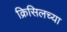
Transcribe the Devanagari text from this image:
क्रिसिलच्या